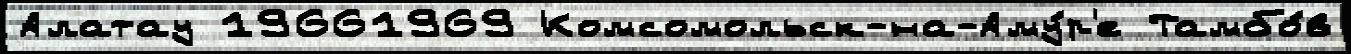
Алатау 19661969 Комсомольск-на-Аму́р'е Тамбо́в